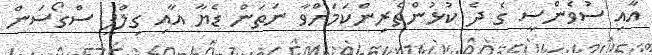
އާއި ސުވެންސީ ގެ ދެ ކުޅުންތެރިންކަމަށްވާ ނަތަން ޑެޔާ އާއި ގިލްފީ ސްގޯސަން